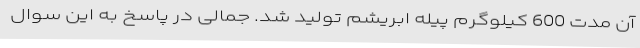
آن مدت 600 کیلوگرم پیله ابریشم تولید شد. جمالی در پاسخ به این سوال